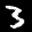
Label: 3